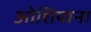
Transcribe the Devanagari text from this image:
ओशियाना